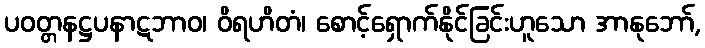
ပဝတ္တနဋ္ဌပနာဋဘာဝ၊ ဝိရဟိတံ၊ စောင့်ရှောက်နိုင်ခြင်းဟူသော အာနုဘော်,